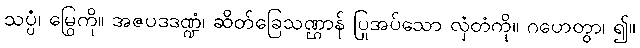
သပ္ပံ၊ မြွေကို။ အဇပဒဒဏ္ဍံ၊ ဆိတ်ခြေသဏ္ဌာန် ပြုအပ်သော လှံတံကို။ ဂဟေတွာ၊ ၍။